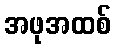
အဖုအထစ်